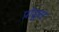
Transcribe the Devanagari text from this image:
प्रोडूस